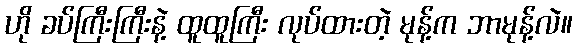
ဟို ခပ်ကြီးကြီးနဲ့ ထူထူကြီး လုပ်ထားတဲ့ မုန့်က ဘာမုန့်လဲ။